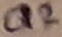
Text: Q2